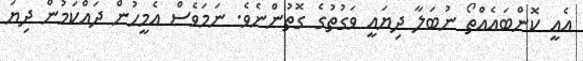
އެއީ ކޮންބައެއްތޯ ނުބަލާ ދިޔައީ ވަގުތުގެ ގޮތުންނެވެ. ނަމަވެސް އެމީހުން ދައްކަމުން ދިޔަ